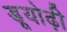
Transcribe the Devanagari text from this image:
डूयोढ़ी